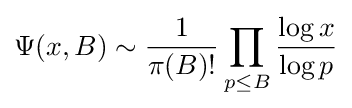
\Psi (x,B)\sim {\frac {1}{\pi (B)!}}\prod _{p\leq B}{\frac {\log x}{\log p}}